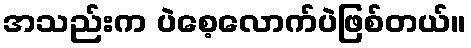
အသည်းက ပဲစေ့လောက်ပဲဖြစ်တယ်။